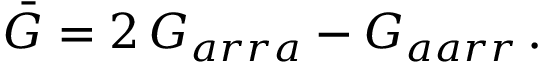
{ \bar { G } } = 2 \, G _ { a r r a } - G _ { a a r r } \, .